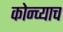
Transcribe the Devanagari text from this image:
कोन्च्याच